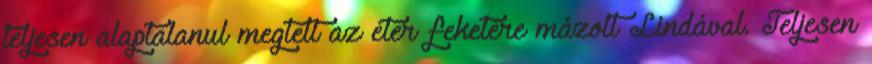
teljesen alaptalanul megtelt az éter feketére mázolt Lindával. Teljesen